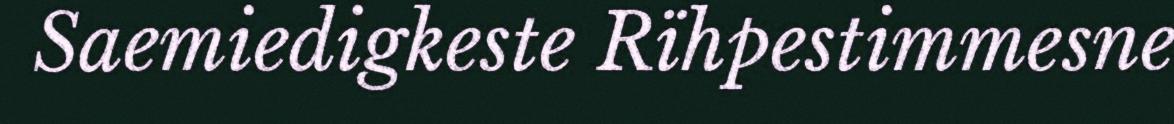
Saemiedigkeste Rïhpestimmesne